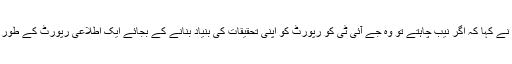
چیف جسٹس ثاقب نثار نے کہا کہ اگر نیب چاہتے تو وہ جے آئی ٹی کو رپورٹ کو اپنی تحقیقات کی بنیاد بنانے کے بجائے ایک اطلاعی رپورٹ کے طور پر پیش کر سکتی ہے۔